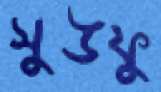
সুউফু